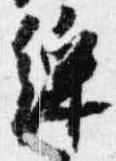
綵